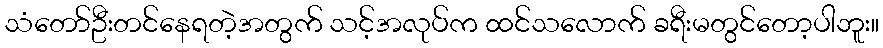
သံတော်ဦးတင်နေရတဲ့အတွက် သင့်အလုပ်က ထင်သလောက် ခရီးမတွင်တော့ပါဘူး။